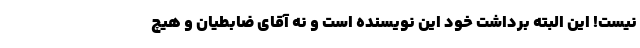
نیست! این البته برداشت خود این نویسنده است و نه آقای ضابطیان و هیچ